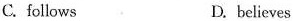
C. follows D. believes